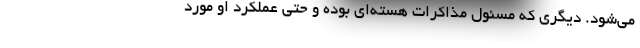
می‌شود. دیگری که مسئول مذاکرات هسته‌ای بوده و حتی عملکرد او مورد